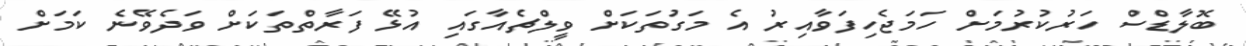
ބޮލާޑްސް ހަރުކުރުމަށް ހަމަޖެހިފަވާއިރު އެ މަގުތަކަށް ވީލްޗެއާގައި އުޅޭ ފަރާތްތަކަށް ވަދެވޭނެ ކަމަށް